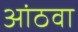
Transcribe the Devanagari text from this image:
आंठवा